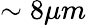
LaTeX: \sim 8\mu m